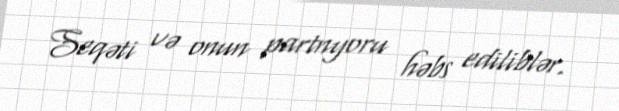
Seqəti və onun partnyoru həbs ediliblər.